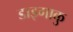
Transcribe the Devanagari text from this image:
डाइगाकु